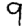
Digit: 9